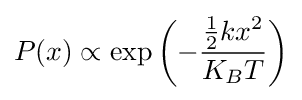
P(x)\propto \exp {\left(-{\frac {{\frac {1}{2}}kx^{2}}{K_{B}T}}\right)}